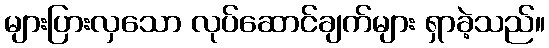
များပြားလှသော လုပ်ဆောင်ချက်များ ရှာခဲ့သည်။